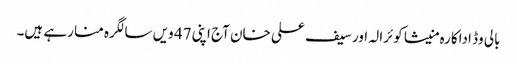
بالی وڈ اداکارہ منیشا کوئرالہ اور سیف علی خان آج اپنی 47 ویں سالگرہ منا رہے ہیں۔